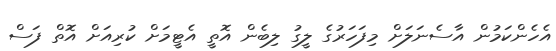
އެހެންކަމުން އާސެނަލަށް މިފަހަރުގެ ލީގު ލިބެން އޮތީ އެޓީމަށް ކުރިއަށް އޮތް ފަސް